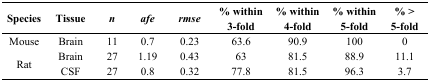
| Species | Tissue | n | afe | rmse | % within 3-fold | % within 4-fold | % within 5-fold | % > 5-fold |
 | --- | --- | --- | --- | --- | --- | --- | --- | --- |
 | Mouse | Brain | 11 | 0.7 | 0.23 | 63.6 | 90.9 | 100 | 0 |
 | <ROWSPAN=2> Rat | Brain | 27 | 1.19 | 0.43 | 63 | 81.5 | 88.9 | 11.1 |
 | CSF | 27 | 0.8 | 0.32 | 77.8 | 81.5 | 96.3 | 3.7 |